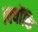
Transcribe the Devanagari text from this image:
।क्योंकि